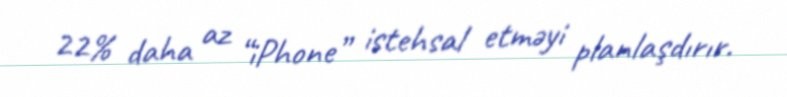
22% daha az “iPhone” istehsal etməyi planlaşdırır.